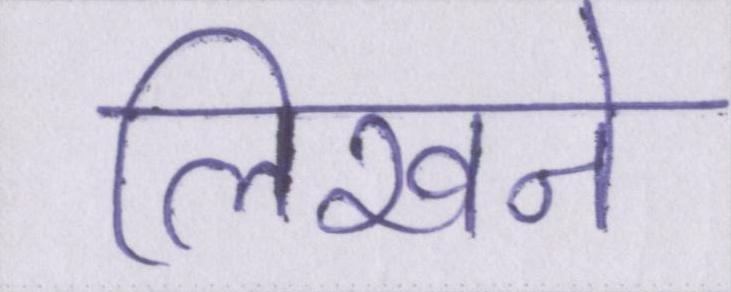
लिखने